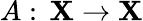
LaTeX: A:\, \mathbf{X}\to\mathbf{X}